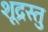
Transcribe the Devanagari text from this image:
शूद्रस्तु